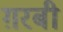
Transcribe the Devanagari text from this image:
ग़रबी